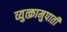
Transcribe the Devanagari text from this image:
व्युत्क्रामुपाती